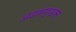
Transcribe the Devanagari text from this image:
अडवण्यास